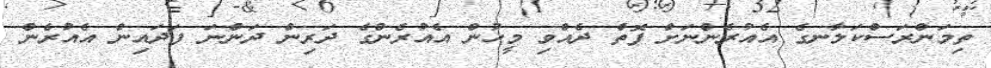
ތިމަންރަސްކަލާނގެ އެއުރެންނަށް ފޮތް ދެއްވި މީހުން އެއުރެންގެ ދަރިން ދަންނަ ފަދައިން އެއުރެން